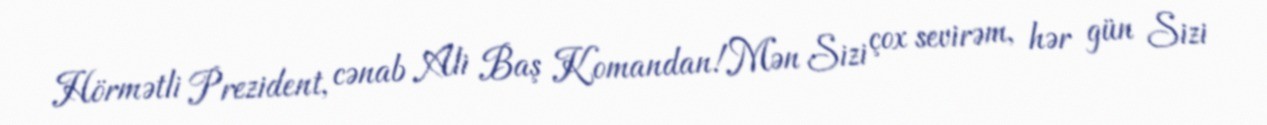
Hörmətli Prezident, cənab Ali Baş Komandan!Mən Sizi çox sevirəm, hər gün Sizi